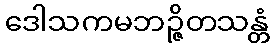
ဒေါသကမဘဉ္ဇိတသန္တံ